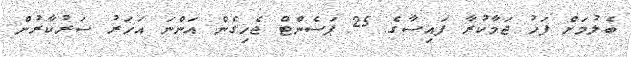
ބެލުމަށް ފަހު ޖަމާކުރާ ފައިސާގެ 25 ޕަސެންޓް ޖެހިގެން އަންނަ އަހަރު ސަރުކާރުން